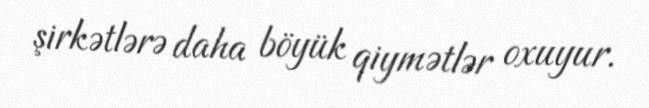
şirkətlərə daha böyük qiymətlər oxuyur.